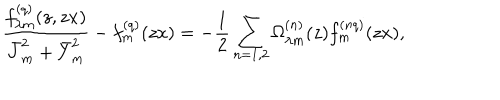
LaTeX: \frac { f _ { \lambda m } ^ { ( q ) } ( z , z x ) } { \bar { J } _ { m } ^ { 2 } + \bar { Y } _ { m } ^ { 2 } } - f _ { m } ^ { ( q ) } ( z x ) = - \frac { 1 } { 2 } \sum _ { n = 1 , 2 } \Omega _ { \lambda m } ^ { ( n ) } ( z ) f _ { m } ^ { ( n q ) } ( z x ) ,